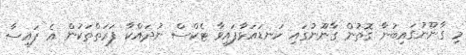
މި ގާނޫނުގައިބުނާ ގޮތުން ގާނޫނުގައި ކަނޑައަޅާފައިވާ ޓެކްސް ނުދައްކާ ފަރަތްތަކުން އެ ފައިސާ